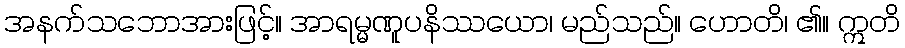
အနက်သဘောအားဖြင့်။ အာရမ္မဏူပနိဿယော၊ မည်သည်။ ဟောတိ၊ ၏။ ဣတိ